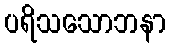
ပရိသသောဘနာ